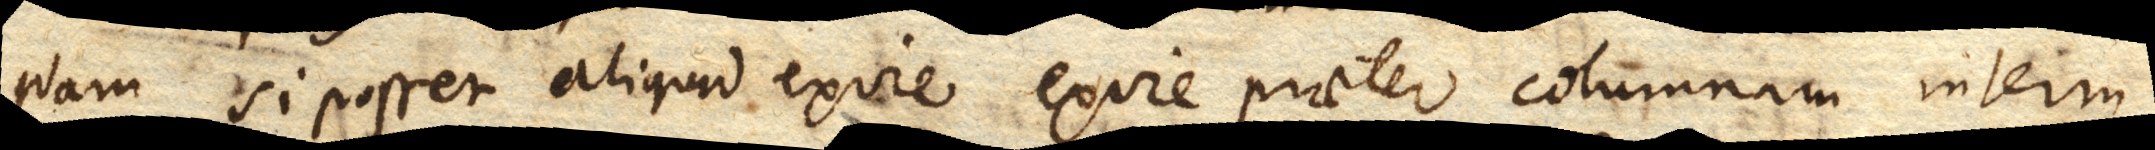
Nam si posset aliquid exire praeter columnam interm[ediam].